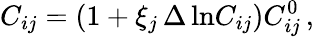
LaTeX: C_{ij}=\left(1+\xi_{j}\, \Delta\ln\! C_{ij}\right)C_{ij}^{0}\, ,